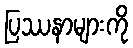
ပြဿနာများကို